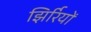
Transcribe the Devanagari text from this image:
झिर्रियों